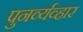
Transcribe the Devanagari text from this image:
पुनर्व्यव्हार